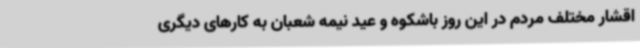
اقشار مختلف مردم در این روز باشکوه و عید نیمه شعبان به کارهای دیگری